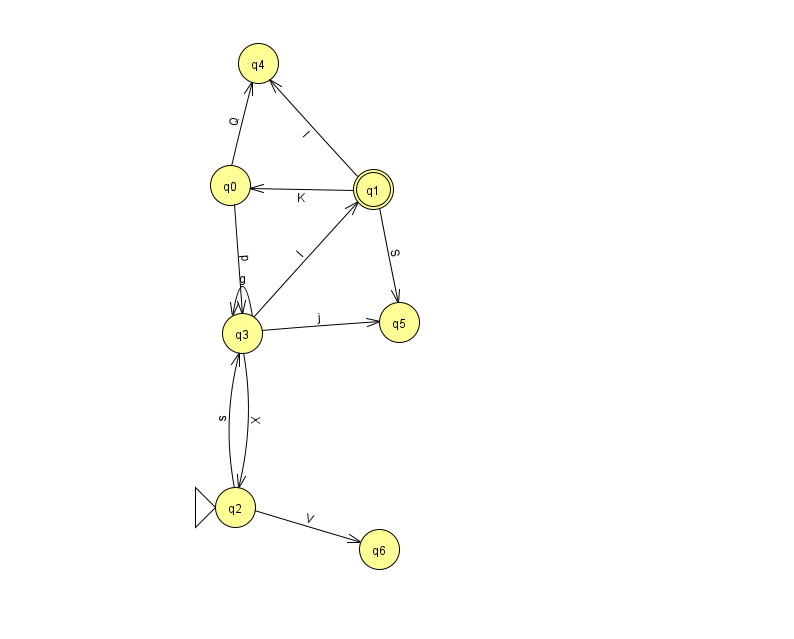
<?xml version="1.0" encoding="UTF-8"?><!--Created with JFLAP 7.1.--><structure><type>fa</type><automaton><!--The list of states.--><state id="0" name="q0"><x>230.0</x><y>172.0</y></state><state id="1" name="q1"><x>373.0</x><y>176.0</y><final/></state><state id="2" name="q2"><x>235.0</x><y>494.0</y><initial/></state><state id="3" name="q3"><x>242.0</x><y>320.0</y></state><state id="4" name="q4"><x>258.0</x><y>50.0</y></state><state id="5" name="q5"><x>399.0</x><y>309.0</y></state><state id="6" name="q6"><x>379.0</x><y>536.0</y></state><!--The list of transitions.--><transition><from>1</from><to>4</to><read>I</read></transition><transition><from>3</from><to>5</to><read>j</read></transition><transition><from>1</from><to>5</to><read>S</read></transition><transition><from>3</from><to>1</to><read>I</read></transition><transition><from>3</from><to>2</to><read>X</read></transition><transition><from>2</from><to>6</to><read>V</read></transition><transition><from>3</from><to>3</to><read>g</read></transition><transition><from>2</from><to>3</to><read>s</read></transition><transition><from>0</from><to>4</to><read>Q</read></transition><transition><from>1</from><to>0</to><read>K</read></transition><transition><from>0</from><to>3</to><read>p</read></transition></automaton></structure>